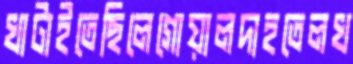
খাটাইতেছিলেগোয়ালদাহতেলখ